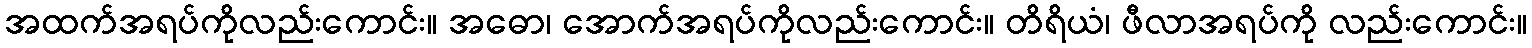
အထက်အရပ်ကိုလည်းကောင်း။ အဓော၊ အောက်အရပ်ကိုလည်းကောင်း။ တိရိယံ၊ ဖီလာအရပ်ကို လည်းကောင်း။